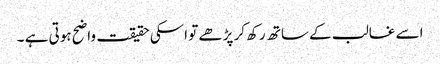
اسے غالب کے ساتھ رکھ کر پڑھے تو اسکی حقیقت واضح ہوتی ہے ۔